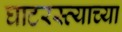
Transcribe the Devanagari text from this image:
घाटरस्त्याच्या